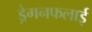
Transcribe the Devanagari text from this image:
ड्रेगनफलाई